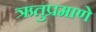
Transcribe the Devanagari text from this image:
ऋतुप्रमाणे